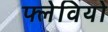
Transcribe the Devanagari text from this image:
फ्लेवियो